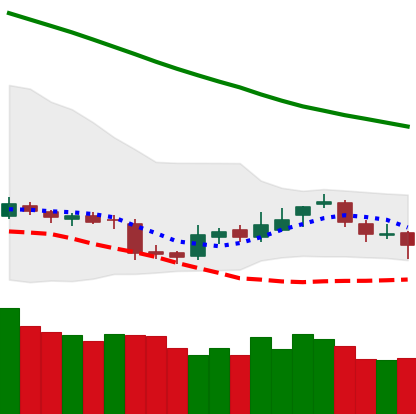
Ticker: BNB-USD
Chart end date: 2018-11-11
Forward return: -16.707%
Label: down_7plus